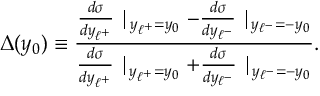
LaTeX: \Delta ( y _ { 0 } ) \equiv { \frac { { \frac { d { \sigma } } { d y _ { \ell ^ { + } } } } \mid _ { y _ { \ell ^ { + } } = y _ { 0 } } - { \frac { d { \sigma } } { d y _ { \ell ^ { - } } } } \mid _ { y _ { \ell ^ { - } } = - y _ { 0 } } } { { \frac { d { \sigma } } { d y _ { \ell ^ { + } } } } \mid _ { y _ { \ell ^ { + } } = y _ { 0 } } + { \frac { d { \sigma } } { d y _ { \ell ^ { - } } } } \mid _ { y _ { \ell ^ { - } } = - y _ { 0 } } } } .